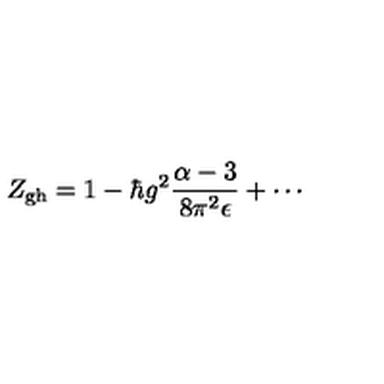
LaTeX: Z _ { \mathrm { g h } } = 1 - \hbar g ^ { 2 } \frac { \alpha - 3 } { 8 \pi ^ { 2 } \epsilon } + \cdots